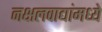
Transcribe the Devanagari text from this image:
नक्षलवाद्यांमध्ये